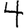
Digit: 4